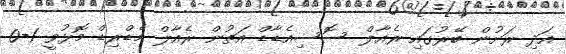
އަދި ރަށުން ބޭރުގައި ރެއާލް ސޮސިއެޑާޑް އަތުން ރެއާލް މެޑްރިޑް މޮޅުވީ 1-0